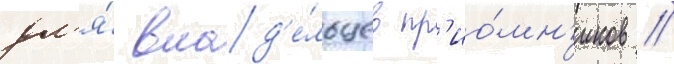
дл'я́ влад'е́льцев пр'ио́мн'иков /